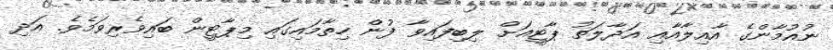
ނުއުމާންގެ އާއިލާއާއި އަދާލަތު ޕާޓީއަށް ލިބިފައިވާ ފުން ހިތާމައިގައި މިޕާޓީން ބައިވެރިވަމެވެ. އަދި